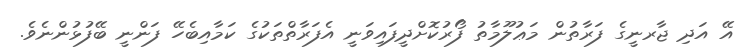
އޭ އަދި ޖާރނީގެ ފަރާތުން މަޢުލޫމާތު ފޯރުކޮށްދީފައިވަނީ އެފަރާތްތަކުގެ ކަމާއިބެހޭ ފަންނީ ބޭފުޅުންނެވެ.